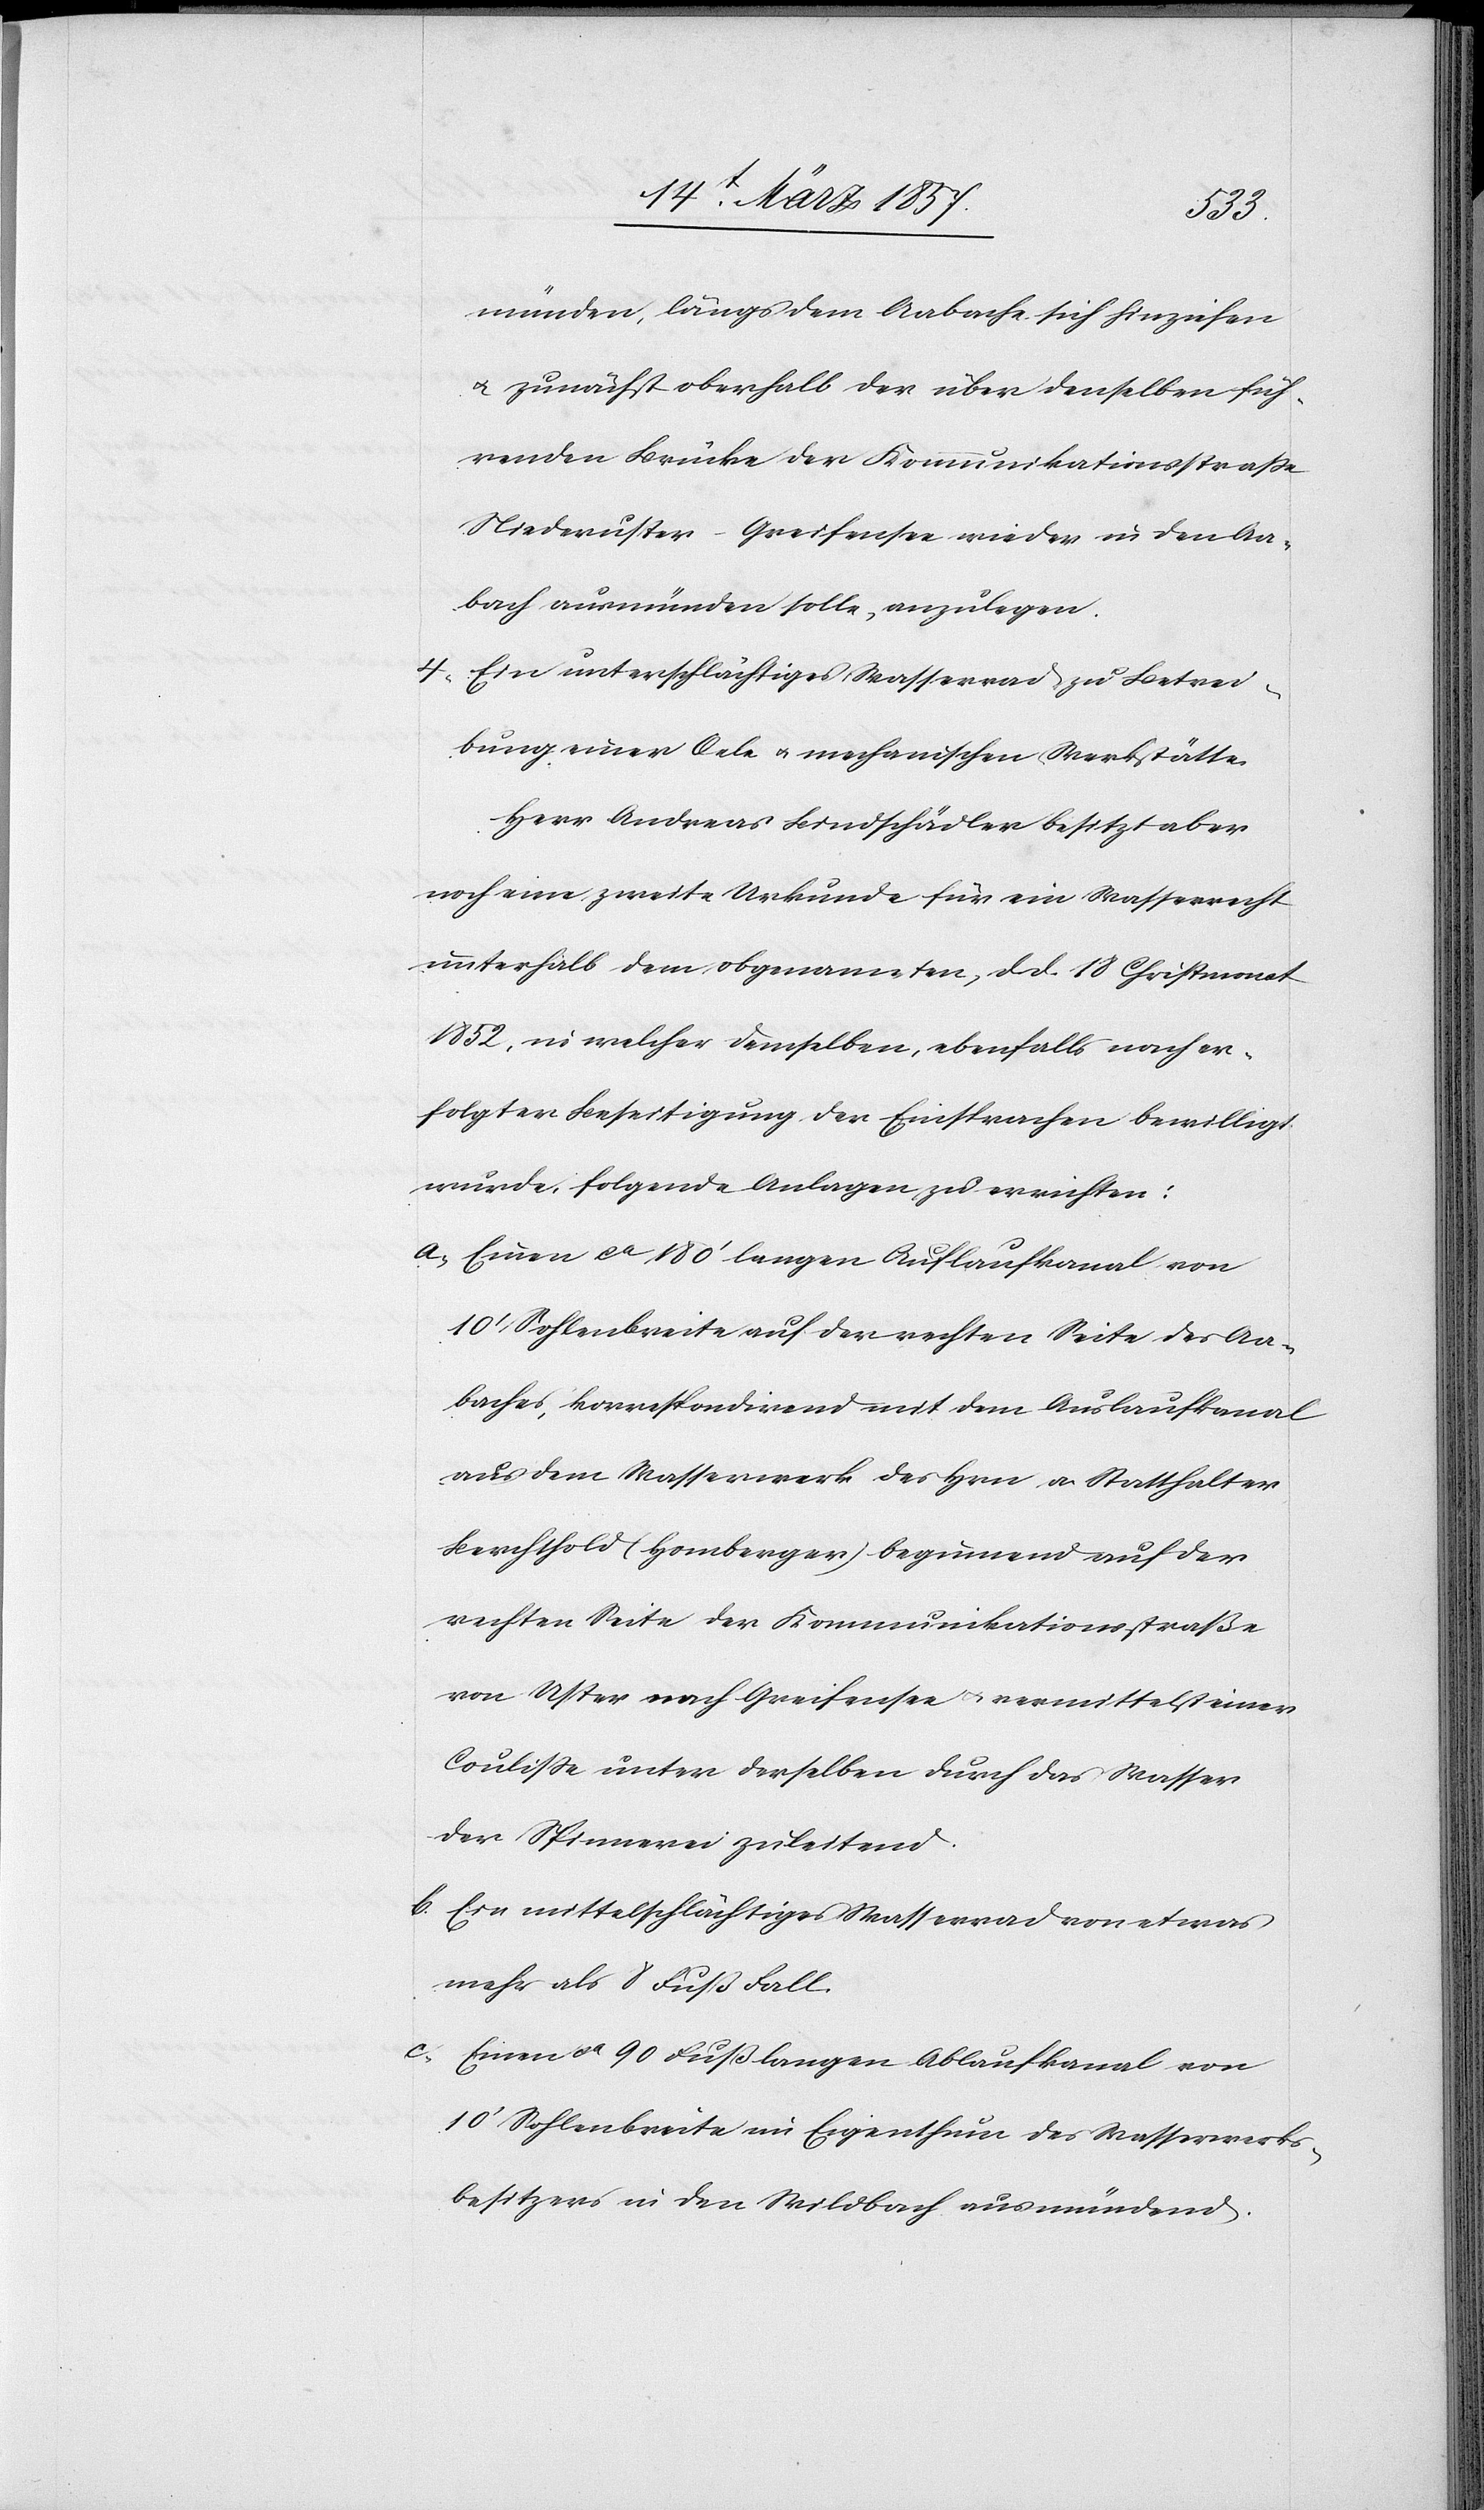
münden, längs dem Aabache sich hinziehen
u. zunächst oberhalb der über denselben füh¬
renden Brücke der Kommunikationsstraße
Niederuster-Greifensee wieder in den Aa¬
bach ausmünden solle, anzulegen.
4. Ein unterschlächtiges Wasserrad zu Betrei¬
bung einer Oele u. mechanischen Werkstätte.
Herr Andreas Bindschädler besitzt aber
noch eine zweite Urkunde für ein Wasserrecht
unterhalb dem obgenannten, d. d. 18 Christmonat
1852, in welcher demselben, ebenfalls nach er¬
folgter Beseitigung der Einsprachen bewilligt
wurde, folgende Anlagen zu errichten:
a. Einen ca 180‘ langen Auflaufkanal von
10‘ Sohlenbreite auf der rechten Seite des Aa¬
baches, korrespondirend mit dem Auslaufkanal
aus dem Wasserwerk des Hrn. a. Statthalter
Berchthold (Homberger) beginnend auf der
rechten Seite der Kommunikationsstraße
von Uster nach Greifensee u. vermittelst einer
Coulisse unter derselben durch das Wasser
der Spinnerei zuleitend.
b. Ein mittelschlächtiges Wasserrad von etwas
mehr als 8 Fuß Fall.
c. Einen ca 980 Fuß langen Ablaufkanal von
10‘ Sohlenbreite im Eigenthum des Wasserwerks¬
besitzers in den Wildbach ausmündend.